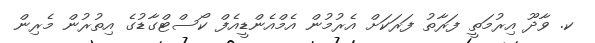
ކ. ވާދޫ އިރުމަތީ ފަރާތު ފަރަކަށް އެރުމުން އެމްއެންޑީއެފް ކޯސްޓްގާޑުގެ އިތުރުން މެރިން